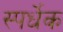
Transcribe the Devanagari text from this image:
स्पर्धेक